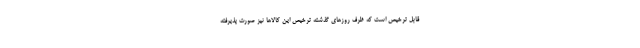
قابل ترخیص است که ظرف روزهای گذشته ترخیص این کالاها نیز صورت پذیرفته